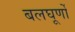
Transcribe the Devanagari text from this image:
बलघूर्णो